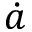
\dot { a }